Treatise on elephants
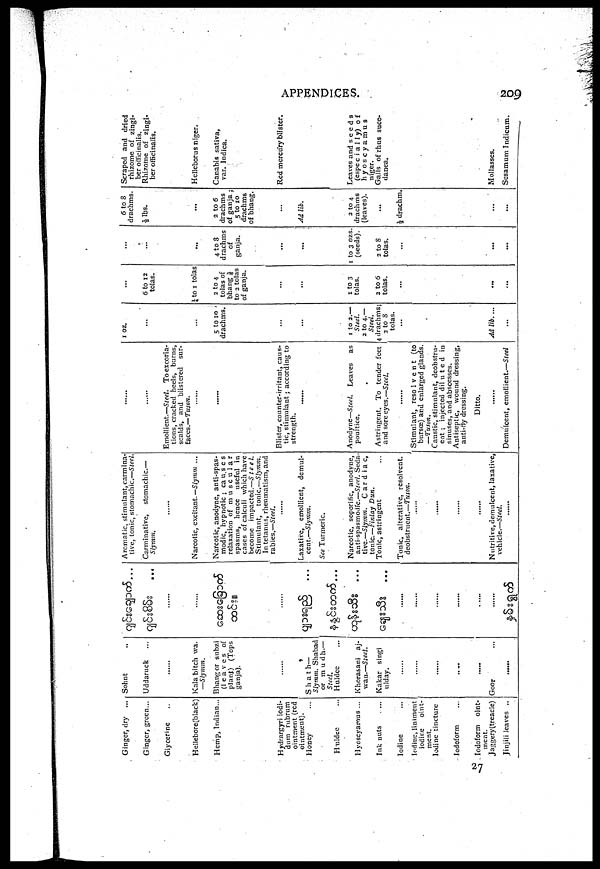
APPENDICES.
209
27
Ginger, dry ...
Ginger, green...
Giycenne
Hellebore(black)
Hydrargyri iodi-
dum rubrum
ointment (red
ointment).
Honey
Huldee
Hyoscyamus ...
Ink nuts ...
Iodine ...
Iodine, liniment
iodine oint-
ment
Iodine tincture
Iodoform
Iodoform
oint-
ment.
Jaggery(treacle)
Jinjili leaves
Sohnt
Uddaruck
......
Kala bitch wa.
—Slymm.
Bhang or subzi
(leaves of
plant) (Tops
......
Shath—
Slymm. Shabad
or mudh.—
Steel.
Huldee
Khorasani aj-
wan.—Steel.
Kakar singi
ulday.
......
......
....
Goor
...
......
......
......
...
...
...
...
......
......
Aromatic, stimulant, carmina-
tive, tonic, stomachic.—Steel.
Carminative,
stomachic.—
Slymm.
......
Narcotic, excitant.— Slymm ...
Narcotic, anodyne, anti-spas-
modic, hypnotic ; causes
relaxation of muscular
spasms, hence useful in
cases of calculi which have
become impacted.—Steel.
Stimulant,
tonic—Slymm.
In tetanus, rheumatism, and
......
Laxative, emollient, demul-
cent.—Slymm.
See Turmeric.
......
Narcotic, soporific, anodyne,
anti-spasmodic.—Steel. Seda-
tive.— Slymm.
Cardiac,
tonic—Finlay Dun.
Tonic, astringent
Tonic, alterative, resolvent.
deobstruent.—Tuson.
......
......
......
......
Nutritive,demulcent, laxative.
......
......
......
Emollient.—Steel. To excoria-
tions, cracked heels, burns,
scalds, and blistered sur-
faces.—Tuson.
......
......
Blister, counter-irritant, caus-
tic, stimulant; according to
strength.
......
......
Anodyne— Steel. Leaves
as
poultice.
Astringent. To tender feet
and sore eyes.—Steel.
......
Stimulant, resolvent (to
bursœ) and enlarged glands.
—Tuson.
Caustic, stimulant, deobstru-
ent ; injected diluted in
sinuses, and abscesses.
Antiseptic, wound dressing,
anti-fly dressing.
Ditto.
......
Demulcent, emollient.—Steel
1 oz.
...
...
5 to 10
drachms.
...
......
1 to 2.—
Steel.
2 to 4.—
Steel.
4 drachms;
2 to 8
tolas.
...
Ad lib. ...
...
...
6 to 12
tolas.
¼ to 1 tolas
2 to 4
tolas of
bhang 1/6
to 2 tolas
of ganja.
...
...
1 to 3
tolas.
2 to 6
tolas.
...
...
...
...
...
...
4 to 8
drachms
of
ganja.
...
...
1 to 3 ozs.
(seeds).
2 to 8
tolas.
...
...
...
6 to 8
drachms.
½ lbs.
...
2 to 6
drachms
of ganja;
5 to 10
drachms
of bhang.
...
Ad lib.
2 to 4
drachms
(leaves).
...
½ drachm.
...
...
Scraped and dried
rhizome of zingi-
ber officinalis.
Rhizome of zingi-
ber officinalis.
Helleborus niger.
Canabis sativa,
var. Indica.
Red mercury blister.
Leaves and seeds
(especially) of
hyoscyamus
niger.
Galls of rhus suce-
danea.
Mollasses.
Sesamum Indicum.